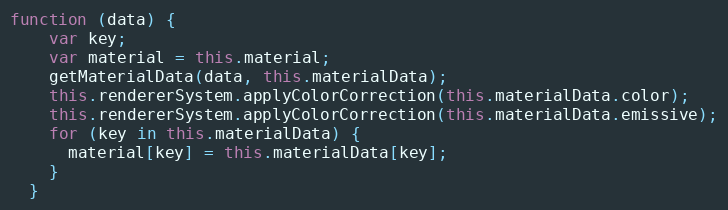
Language: JavaScript
function (data) {
    var key;
    var material = this.material;
    getMaterialData(data, this.materialData);
    this.rendererSystem.applyColorCorrection(this.materialData.color);
    this.rendererSystem.applyColorCorrection(this.materialData.emissive);
    for (key in this.materialData) {
      material[key] = this.materialData[key];
    }
  }